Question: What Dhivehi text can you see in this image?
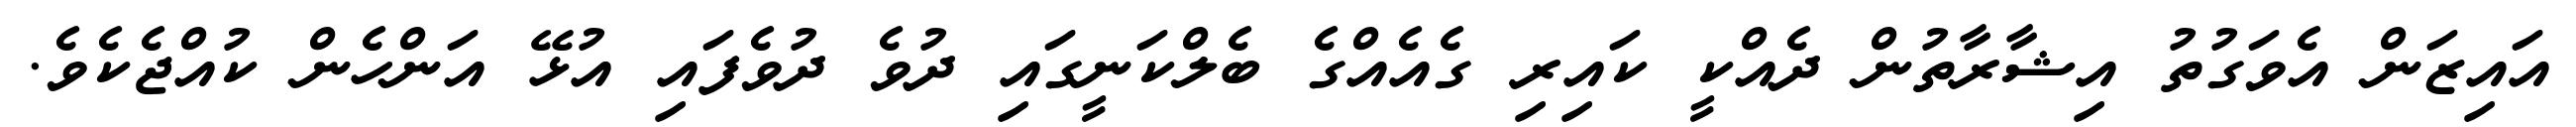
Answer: އައިޒަން އެވަގުތު އިޝާރާތުން ދެއްކީ ކައިރި ގެއެއްގެ ބެލްކަނީގައި ދުވެ ދުވެފައި އުޅޭ އަންހެން ކުއްޖެކެވެ.